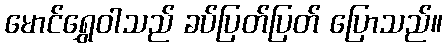
မောင်ရွှေဝါသည် ခပ်ပြတ်ပြတ် ပြောသည်။